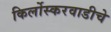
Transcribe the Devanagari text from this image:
किर्लोस्करवाडीचे